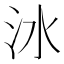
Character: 𣲙